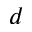
d